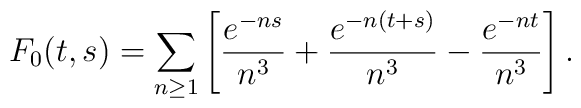
F_0(t,s)= \sum_{n\geq 1} \left[{e^{-ns}\over n^3}+{e^{-n(t+s)}\over n^3}-{e^{-nt}\over n^3}\right].